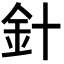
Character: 針